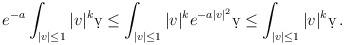
LaTeX: \begin{align*}\begin{aligned}e^{-a} \int_{|v| \leq 1} |v|^k \d v \leq \int_{|v| \leq 1} |v|^k e^{- a |v|^2} \d v \leq \int_{|v| \leq 1} |v|^k \d v \,.\end{aligned}\end{align*}